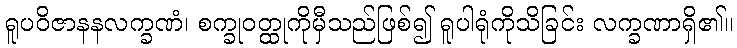
ရူပဝိဇာနနလက္ခဏံ၊ စက္ခုဝတ္ထုကိုမှီသည်ဖြစ်၍ ရူပါရုံကိုသိခြင်း လက္ခဏာရှိ၏။